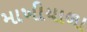
માખીયાળા